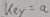
Text: key=a